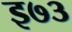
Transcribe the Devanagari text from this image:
इ७३